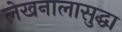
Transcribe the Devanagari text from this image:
लेखनालासुद्धा